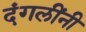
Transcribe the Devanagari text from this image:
दंगलींनी